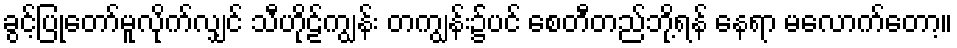
ခွင့်ပြုတော်မူလိုက်လျှင် သီဟိုဠ်ကျွန်း တကျွန်း၌ပင် စေတီတည်ဘို့ရန် နေရာ မလောက်တော့။